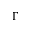
\Gamma